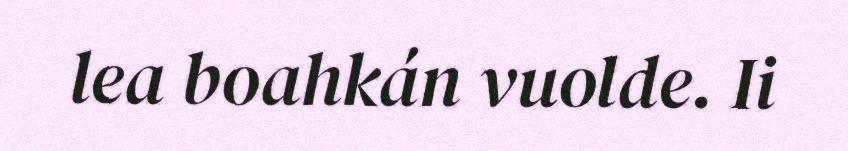
lea boahkán vuolde. Ii